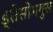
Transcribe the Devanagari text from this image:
ड्रोसोमगुस